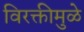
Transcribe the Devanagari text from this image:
विरक्तीमुळे